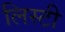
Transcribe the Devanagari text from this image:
लिस्टी